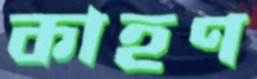
কাহণ